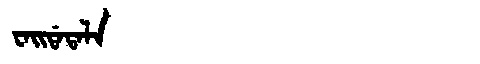
Manchu: ᠸᠠᡳᡩᠠᡨᠠᠯᠠ
Romanization: WAIDATALA